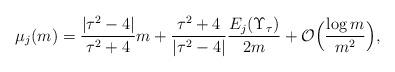
LaTeX: \begin{align*} \mu_j(m) = \frac{|\tau^2 -4|}{\tau^2+4}m + \frac{\tau^2+4}{|\tau^2 - 4|}\frac{E_j(\Upsilon_\tau)}{2m} + \mathcal{O}\Big(\frac{\log m}{m^2}\Big),\end{align*}